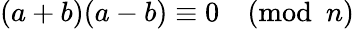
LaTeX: (a+b)(a-b)\equiv 0{\pmod{n}}